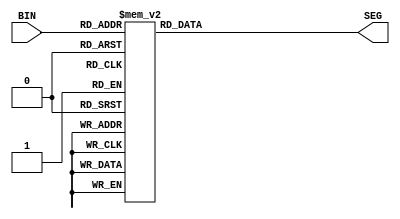
module SEG7(
   input [3:0]          BIN,
   output reg [6:0]     SEG
);

   always @(BIN)   
      case (BIN)
          4'b0001 : SEG = 7'b1111001;   // 1
          4'b0010 : SEG = 7'b0100100;   // 2
          4'b0011 : SEG = 7'b0110000;   // 3
          4'b0100 : SEG = 7'b0011001;   // 4
          4'b0101 : SEG = 7'b0010010;   // 5
          4'b0110 : SEG = 7'b0000010;   // 6
          4'b0111 : SEG = 7'b1111000;   // 7
          4'b1000 : SEG = 7'b0000000;   // 8
          4'b1001 : SEG = 7'b0010000;   // 9
          4'b1010 : SEG = 7'b0001000;   // A
          4'b1011 : SEG = 7'b0000011;   // b
          4'b1100 : SEG = 7'b1000110;   // C
          4'b1101 : SEG = 7'b0100001;   // d
          4'b1110 : SEG = 7'b0000110;   // E
          4'b1111 : SEG = 7'b0001110;   // F
          default : SEG = 7'b1000000;   // 0
      endcase
endmodule

//----------------------------
//zadania do samodzielnego rozwiazania
//
//1. Napisac wylaczanie wyswietlacza